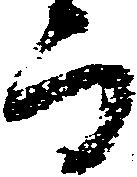
而